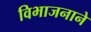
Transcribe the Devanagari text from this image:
विभाजनाने